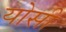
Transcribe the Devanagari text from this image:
योसी